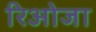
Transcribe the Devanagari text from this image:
रिओजा